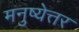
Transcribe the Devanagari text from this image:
मनुष्येत्तर